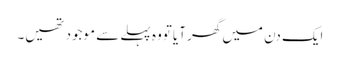
ایک دن میں گھر آیا تووہ پہلے سے موجود تھیں۔